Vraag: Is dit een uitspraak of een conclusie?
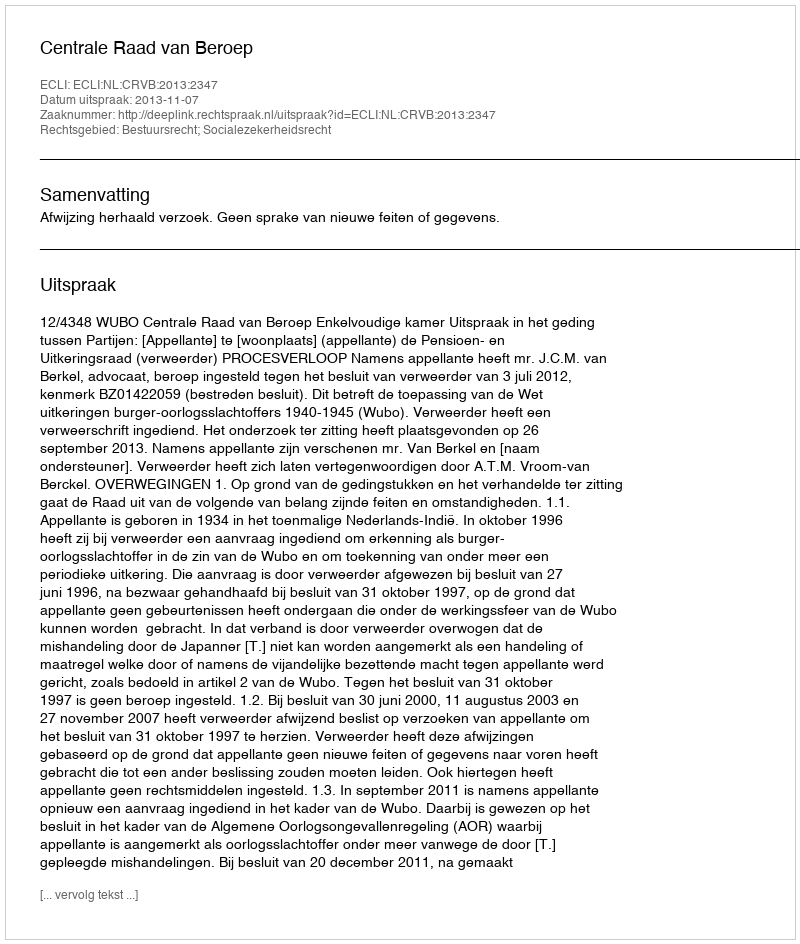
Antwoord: Uitspraak